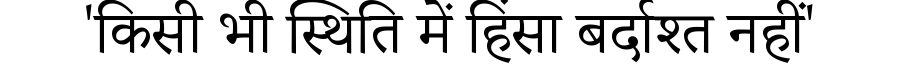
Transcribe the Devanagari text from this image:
'किसी भी स्थिति में हिंसा बर्दाश्त नहीं'